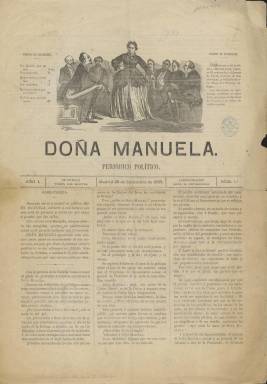
Título: Doña Manuela
Colección: Periódicos
Ámbito geográfico: Madrid
Lugar de publicación: Madrid
Fechas: 26/09/1865-26/09/1865

Pese a que se trata de un pequeño periódico de sólo cuatro páginas del que, además, sólo se publicó un número, esta publicación satírica es un pequeño tesoro de la Historia política y periodística de España por mostrar ciertos rasgos en la forma de gobernar del momento y los límites de la libertad de la prensa, así como por la implicación de conocidos personajes como el general O’Donnell y el poeta Gustavo Adolfo Bécquer.

   Sólo se publicó un número, el 26 de septiembre de 1865, pero eso es algo que ya vaticinaba el propio periódico en sus páginas porque sus responsables eran conscientes de que su título y la ilustración de portada no iban a dejar indiferente a nadie y menos al presidente del Gobierno.

  Todo el mundo dio por hecho que “Doña Manuela” aludía a Manuela Bargues, la esposa del presidente, a la sazón el general O’Donnell, líder de la Unión Liberal. La mujer aparece en la ilustración con además enérgico como diciendo lo que hay que hacer a su esposo y a sus ministros. En el contexto de la época, simplemente eso era un insulto para tan encumbrados caballeros.

   Pero el periódico no se limitaba a atribuir gráficamente un gran poder a Manuela Bargues, sino que también por escrito satirizaba su influencia. Así decía: “Ser presentados a Doña Manuela en la situación que atravesamos equivale a clavar la rueda de la fortuna, a heredar a un tío en California, a sacar el premio gordo de la lotería”.

    La censura actuó en el acto y la publicación no volvió a salir. Pero la cosa no quedó ahí porque el hijo del primer matrimonio de Manuela Bargues, Aureliano Vinayls, quiso vengar el honor de su madre e intentó descubrir por todos los medios quien estaba detrás de la publicación para, como era costumbre entonces, retarle en duelo. En esta búsqueda llegó a agredir a un periodista y algunos medios tuvieron que desmentir públicamente su relación con el caso.

   En los mentideros madrileños la paternidad del periódico se atribuía a Gustavo Adolfo Bécquer, quien había perdido su empleo y sueldo tres meses antes, el 21 de junio de ese año de 1865, al ser destituido de su cargo de censor de novelas al caer el Gobierno de Narváez. Ese puesto se lo había proporcionado su admirador el político moderado Luis González Bravo, quien supuestamente alentó la publicación de Doña Manuela.

   Tan fuerte era el rumor que Bécquer tuvo que salir a negar que él fuera el responsable de la publicación, y lo hizo en el periódico Las Noticias, que dirigía su amigo Ramón Rodríguez Correa.

   En su Historia del Periodismo Español, Pedro Gómez Aparicio no duda en atribuir la responsabilidad de Doña Manuela a Bécquer, quien junto con su hermano Valeriano colaboró en publicaciones satíricas como Gil Blas.

   También en el Diccionario Biográfico de Parlamentarios de Andalucía (1810-1869), dirigido por Diego Caro Cancela, se atribuye la dirección del periódico a Bécquer. En este diccionario se da un reseña del hijo de Manuela Bargues, que fue diputado por Guadix además de ocupar altos cargos en la Administración. Se cuenta el episodio y se dice que Aureliano Vinayls llegó a un acuerdo privado con Bécquer para evitar el duelo, pudiendo entonces el poeta rechazar públicamente su relación con el caso.

[Descripción publicada el 25/02/2019]